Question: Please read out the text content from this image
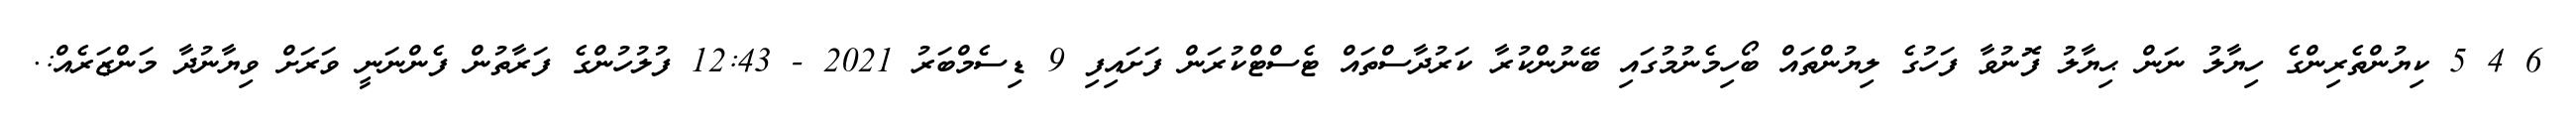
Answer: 6 4 5 ކިޔުންތެރިންގެ ހިޔާލު ނަން ޙިޔާލު ފޮނުވާ ފަހުގެ ލިޔުންތައް ބޯހިމެނުމުގައި ބޭނުންކުރާ ކަރުދާސްތައް ޓެސްޓްކުރަން ފަށައިފި 9 ޑިސެމްބަރު 2021 - 12:43 ފުލުހުންގެ ފަރާތުން ފެންނަނީ ވަރަށް ވިޔާނުދާ މަންޒަރެއް:.